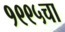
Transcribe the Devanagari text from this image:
१९९५चा